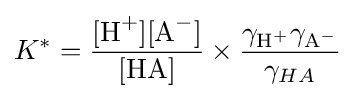
K^{*}={\frac {[{\mathrm {H} {\vphantom {A}}^{+}}][{\mathrm {A} {\vphantom {A}}^{-}}]}{[{\mathrm {HA} }]}}\times {\frac {\gamma _{\mathrm {H} {\vphantom {A}}^{+}}\gamma _{\mathrm {A} {\vphantom {A}}^{-}}}{\gamma _{HA}}}